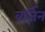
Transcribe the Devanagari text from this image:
वर्ज़िन